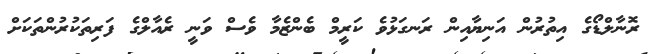
ރޮނާލްޑޯގެ އިތުރުން އަނިޔާއިން ރަނގަޅުވެ ކަރީމް ބެންޒެމާ ވެސް ވަނީ ރެއާލްގެ ފަރިތަކުރުންތަކަށް